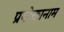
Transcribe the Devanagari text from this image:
प्रयोक्तानाम